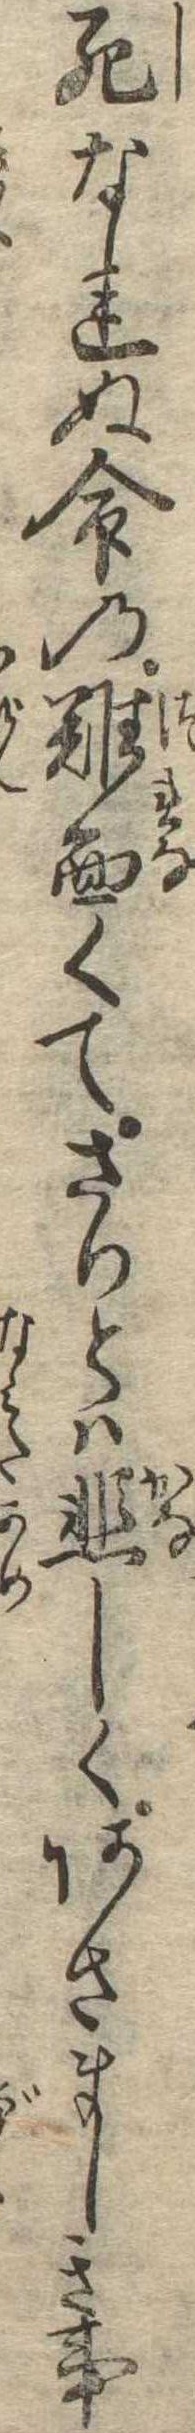
死なれぬ命の難面くてさりとは悲しくあさましき事